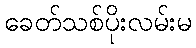
ခေတ်သစ်ပိုးလမ်းမ